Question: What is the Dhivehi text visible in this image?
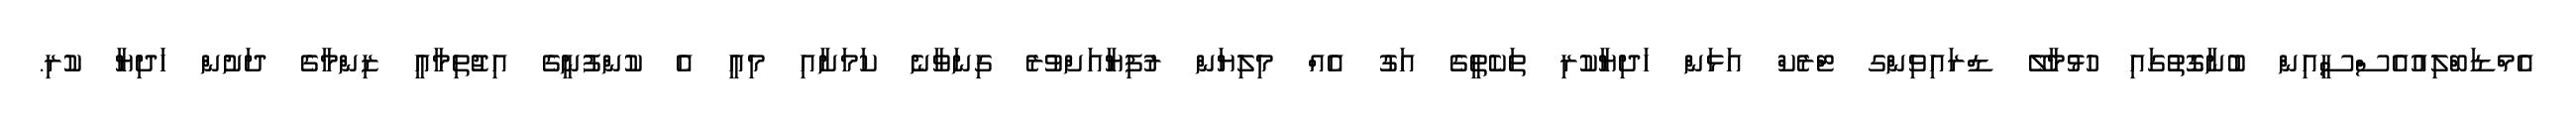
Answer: އެމްޑަބްލިއުއެސްސީއިން ބުނާގޮތުގައި ހުޅުމާލޭ ޑްރައިވިންގ ޓްރެކް އަޅަން ހަދިޔާކުރި ތަކެތީގެ އަގު އެއް މިލިޔަން ރުފިޔާއަށްވުރެ ގިނަވާނެ ކަމަށާއި މިއީ އެ ކުންފުނީގެ އިޖުތިމާއީ ޒިންމާގެ ދަށުން ހަދިޔާ ކުރި.